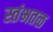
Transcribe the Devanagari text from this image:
स्तंभतळ